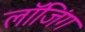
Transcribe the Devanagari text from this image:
लॉजिंग